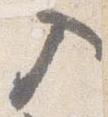
入